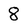
Character: 8